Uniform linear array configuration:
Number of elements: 12
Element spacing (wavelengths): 0.75
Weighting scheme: kaiser
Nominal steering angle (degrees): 0
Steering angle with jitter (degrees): -1.095
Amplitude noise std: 0.05
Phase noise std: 0.05

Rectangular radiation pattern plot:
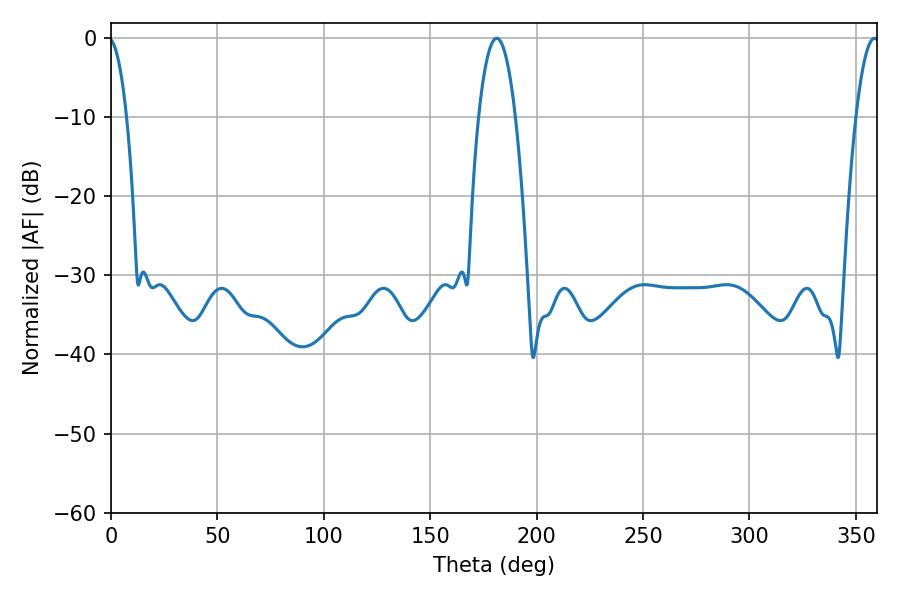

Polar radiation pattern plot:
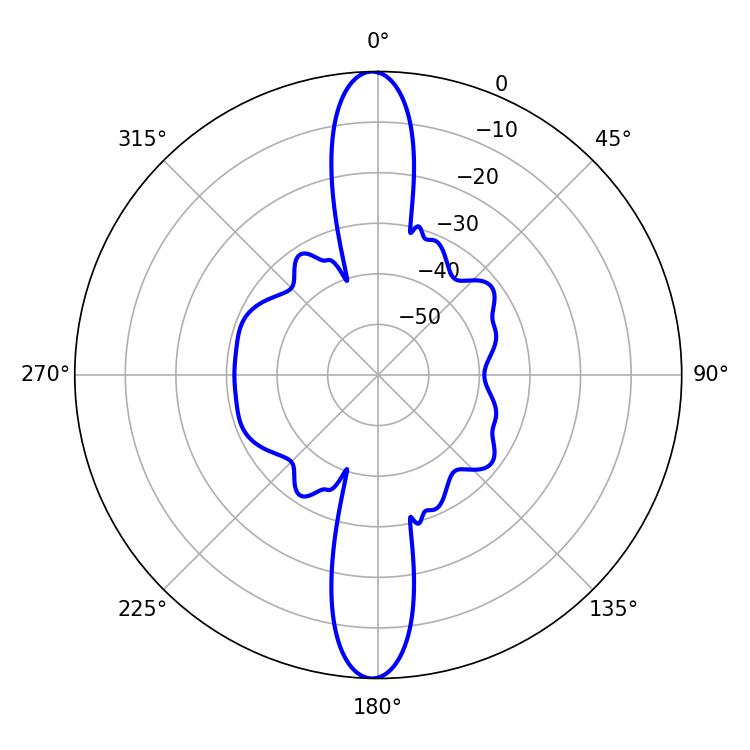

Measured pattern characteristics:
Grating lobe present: TRUE
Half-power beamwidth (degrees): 9.72
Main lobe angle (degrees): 181.26